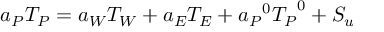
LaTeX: a _ { P } T _ { P } = a _ { W } T _ { W } + a _ { E } T _ { E } + { a _ { P } } ^ { 0 } { T _ { P } } ^ { 0 } + S _ { u }